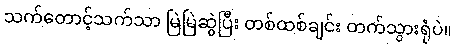
သက်တောင့်သက်သာ မြဲမြဲဆွဲပြီး တစ်ထစ်ချင်း တက်သွားရုံပဲ။